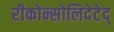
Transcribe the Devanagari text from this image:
रीकोन्सोलिदेटेद्